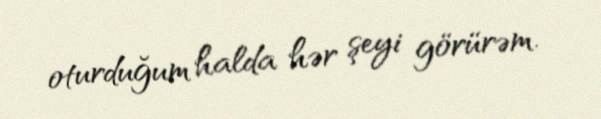
oturduğum halda hər şeyi görürəm.